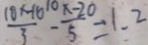
\frac { 1 0 x - 1 6 } { 3 } - \frac { 1 0 x - 2 0 } { 5 } = 1 . 2